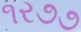
૧ર૭૭